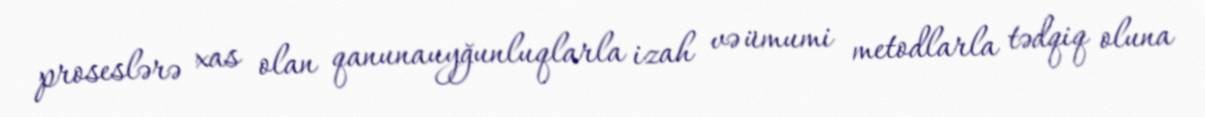
proseslərə xas olan qanunauyğunluqlarla izah və ümumi metodlarla tədqiq oluna